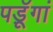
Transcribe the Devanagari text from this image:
पडॅ़ूगां